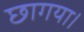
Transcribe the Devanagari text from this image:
छागया।